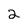
Character: 2